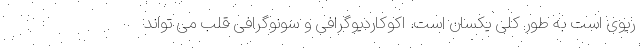
ریوی است به طور کلی یکسان است. اکوکاردیوگرافی و سونوگرافی قلب می تواند